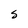
Character: S